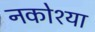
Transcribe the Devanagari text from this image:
नकोश्या